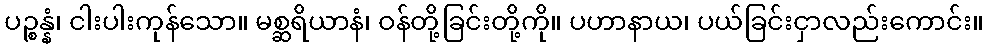
ပဉ္စန္နံ၊ ငါးပါးကုန်သော။ မစ္ဆရိယာနံ၊ ဝန်တို့ခြင်းတို့ကို။ ပဟာနာယ၊ ပယ်ခြင်းငှာလည်းကောင်း။